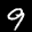
Label: 9